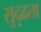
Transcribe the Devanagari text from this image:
सुदृढता